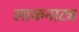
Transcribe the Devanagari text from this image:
लाकनाट्य